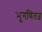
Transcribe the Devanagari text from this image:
भूगणितज्ञ